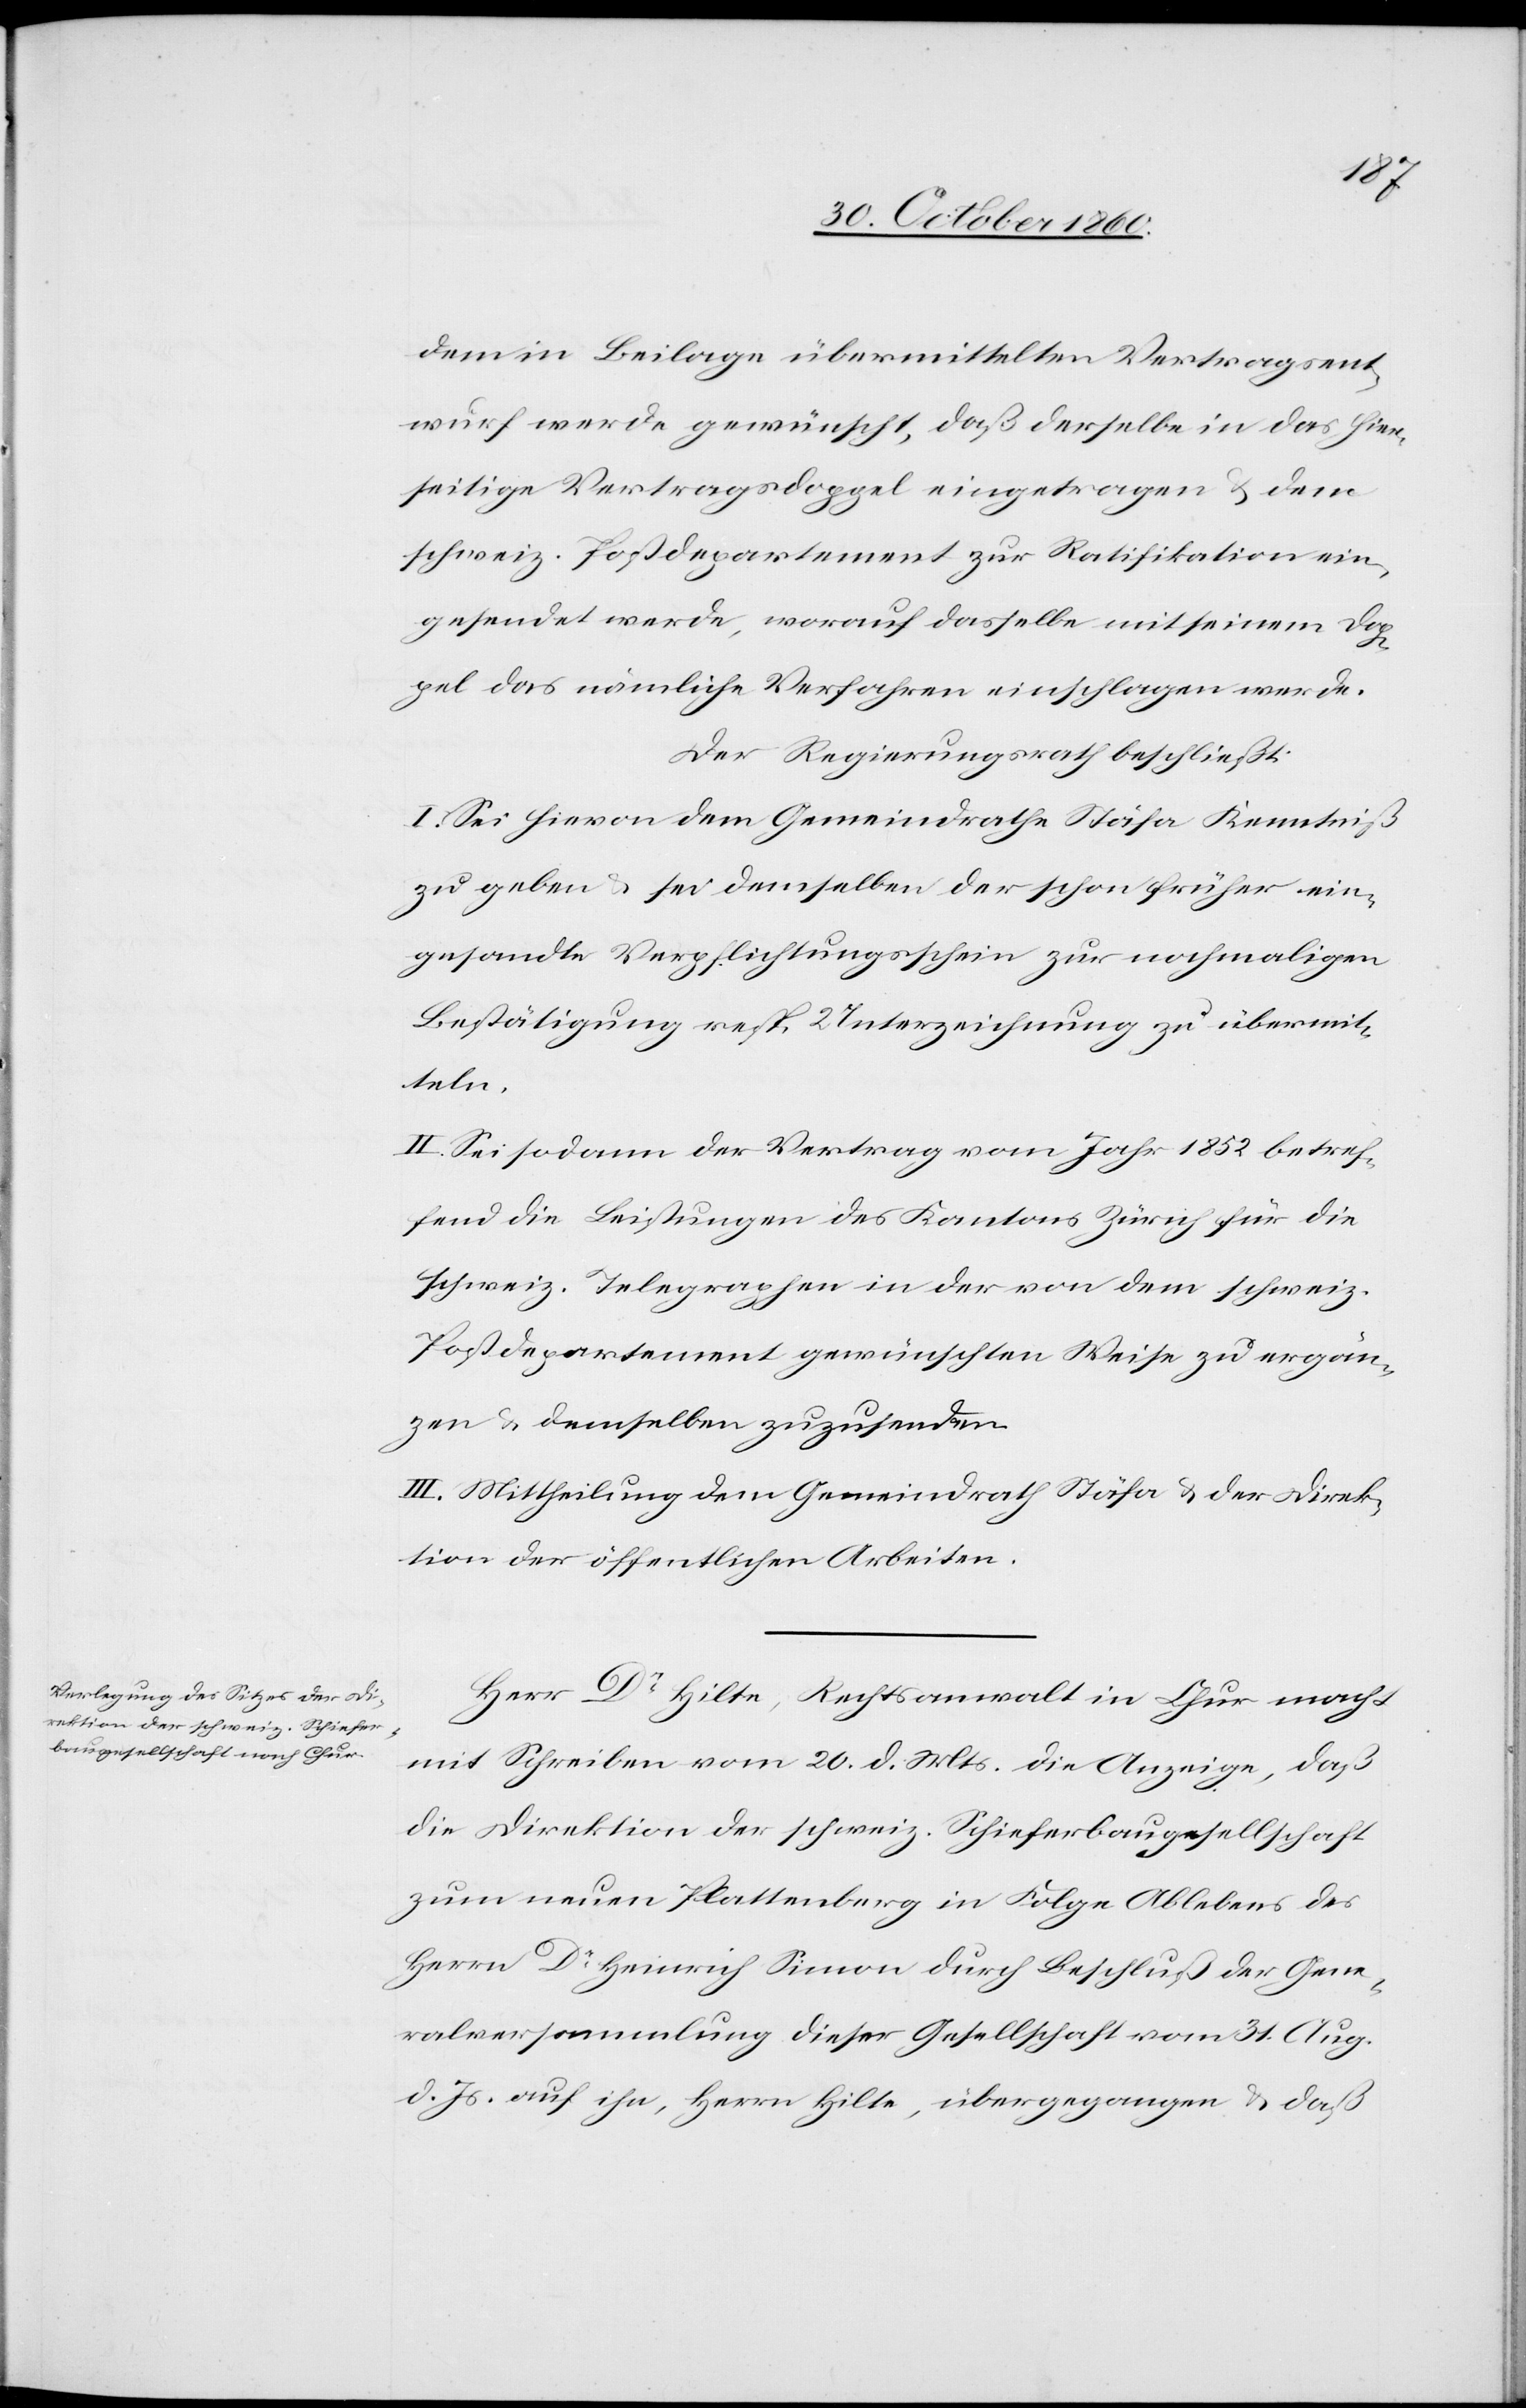
dem in Beilage übermittelten Vertragsent¬
wurf werde gewünscht, daß derselbe in das hier¬
seitige Vertragsdoppel eingetragen u. dem
schweiz. Postdepartement zur Ratifikation ein¬
gesendet werde, worauf dasselbe mit seinem Dop¬
pel das nämliche Verfahren einschlagen werde.
Der Regierungsrath beschließt:
I. Sei hievon dem Gemeindrathe Stäfa Kenntniß
zu geben u. sei demselben der schon früher ein¬
gesandte Verpflichtungsschein zur nochmaligen
Bestätigung resp. Unterzeichnung zu übermit¬
teln.
II. Sei sodann der Vertrag vom Jahr 1852 betref¬
fend die Leistungen des Kantons Zürich für die
schweiz. Telegraphen in der von dem schweiz.
Postdepartement gewünschten Weise zu ergän¬
zen u. demselben zuzusenden.
III. Mittheilung dem Gemeindrath Stäfa u. der Direk¬
tion der öffentlichen Arbeiten.
Herr Dr Hiller, Rechtsanwalt in Chur macht
mit Schreiben vom 20. d. Mts. die Anzeige, daß
die Direktion der schweiz. Schieferbaugesellschaft
zum neuen Plattenberg in Folge Ablebens des
Herrn Dr Heinrich Simon durch Beschluß der Gene¬
ralversammlung dieser Gesellschaft vom 31. Aug.
d. Js. auf ihn, Herrn Hilte, übergegangen u. daß